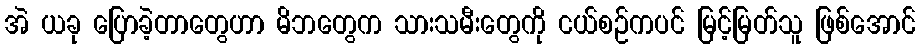
အဲ ယခု ပြောခဲ့တာတွေဟာ မိဘတွေက သားသမီးတွေကို ငယ်စဉ်ကပင် မြင့်မြတ်သူ ဖြစ်အောင်